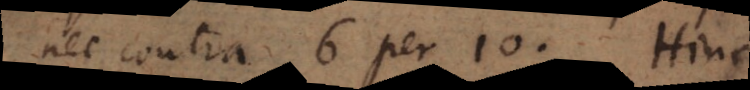
nec contra 6 per 10. Hinc